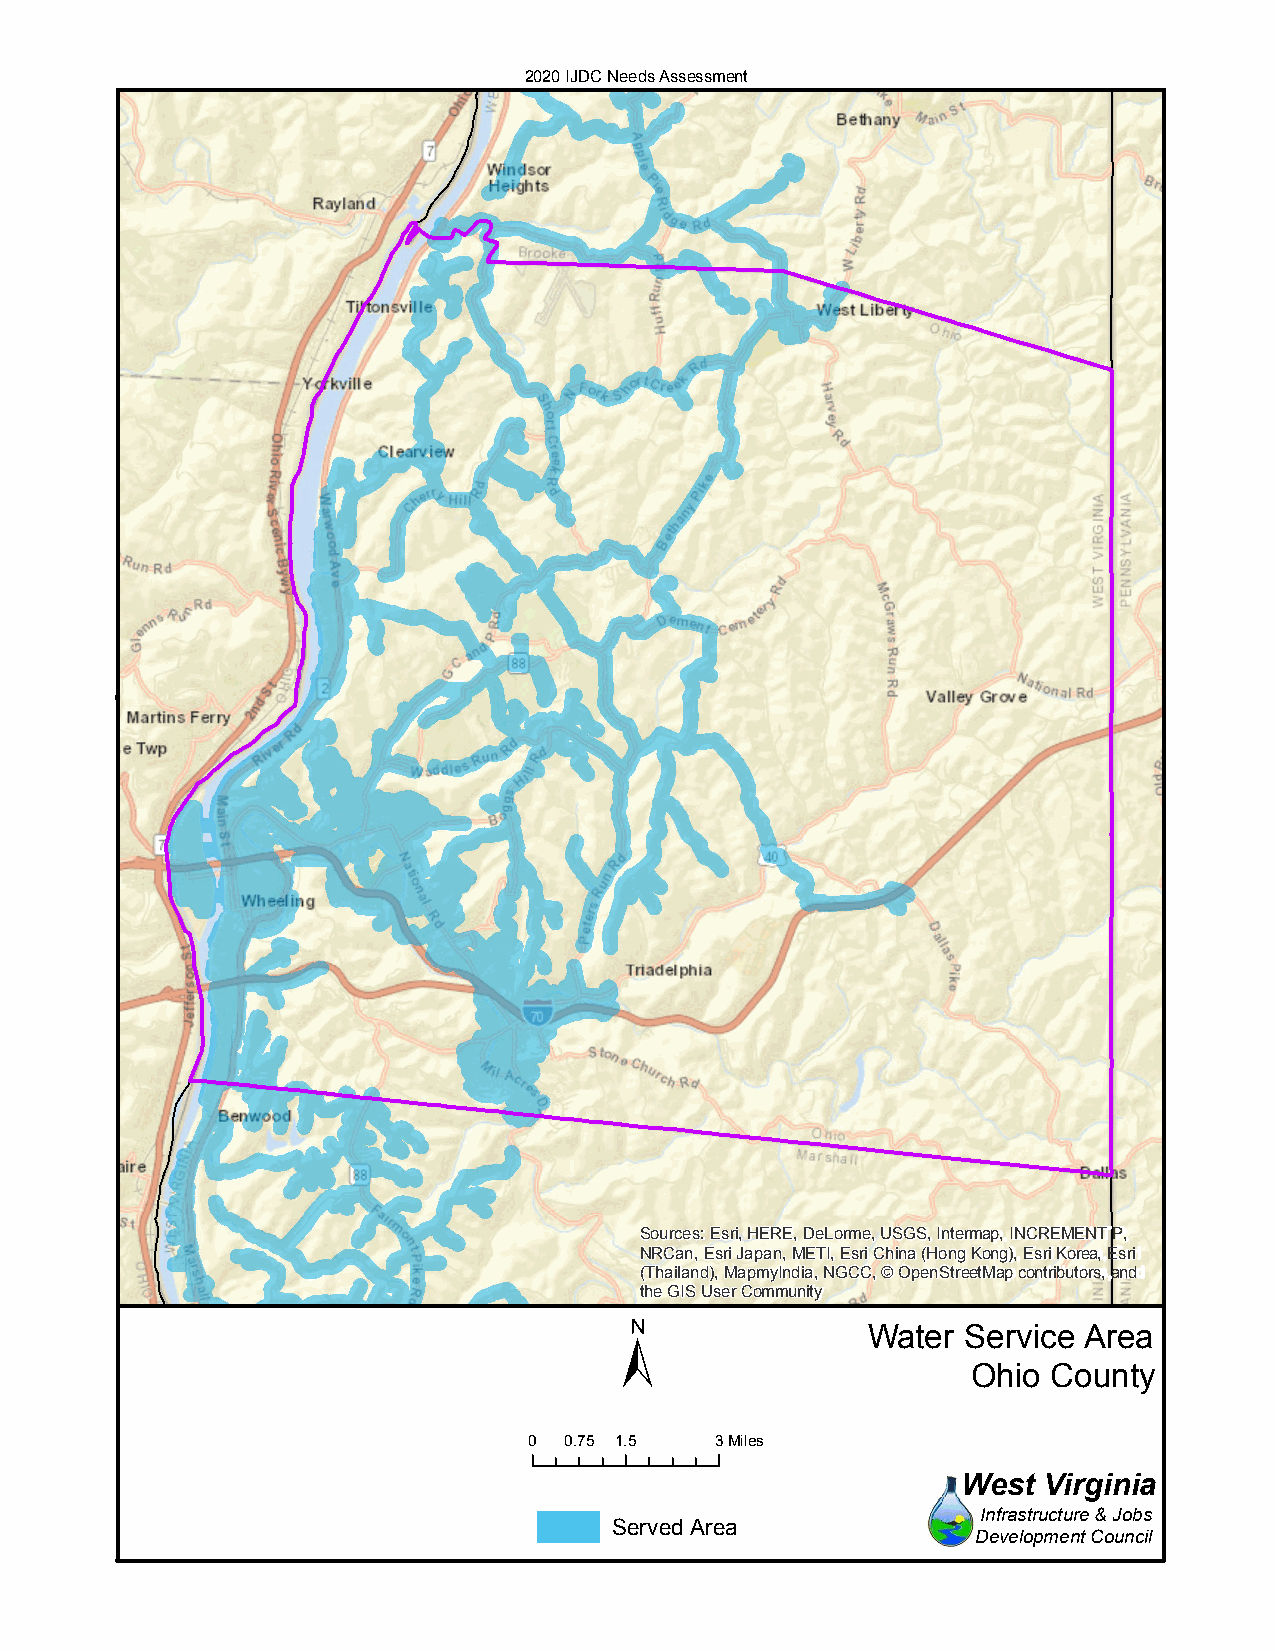
2020 IJDC Needs Assessment
 Sources: Esri, HERE, DeLorme, USGS, Intermap, INCREMENT P,
 NRCan, Esri Japan, METI, Esri China (Hong Kong), Esri Korea, Esri
 (Thailand), MapmyIndia, NGCC, © OpenStreetMap contributors, and
 the GIS User Community
 ±
 Water  Service Area
 Ohio  County
 0 0.75 1.5  3Miles
 West Virginia
 Infrastructure & Jobs
 Served Area
 Development Council